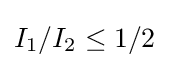
I_{1}/I_{2}\leq 1/2